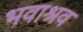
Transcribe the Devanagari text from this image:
भवाश्रव